On the standardisation of anti-typhoid vaccine - Number 21
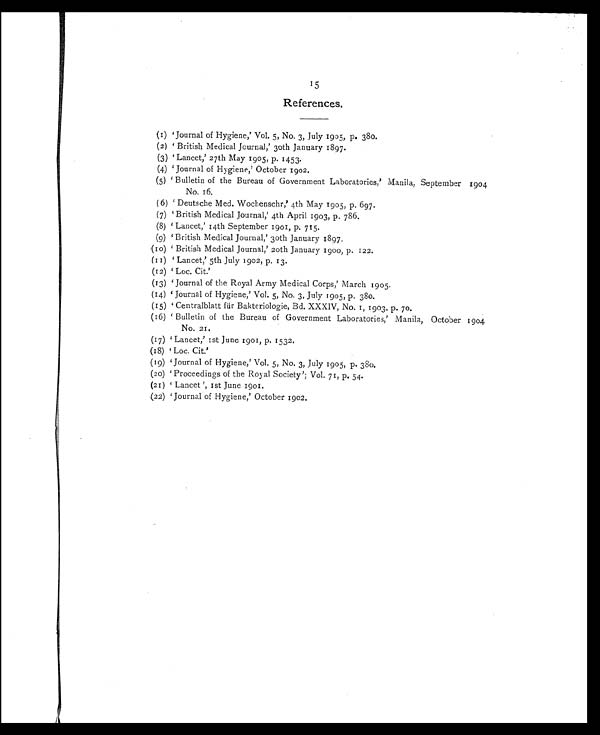
15
References.
(1) 'Journal of Hygiene,' Vol. 5, No. 3, July 1905, p. 380.
(2) 'British Medical Journal,' 30th January 1897.
(3)
'
Lancet,' 27th May 1905, p. 1453.
(4)
'
Journal of Hygiene,' October 1902.
(5) 'Bulletin of the Bureau of Government Laboratories,' Manila, September 1904
No. 16.
(6)
Deutsche Med. Wochenschr,' 4th May 1905, p. 697.
(7)
'
British Medical Journal,' 4th April 1903, p. 786.
(8) Lancet,' 14th September 1901, p. 715.
(9) 'British Medical Journal,' 30th January 1897.
(10) '
British Medical Journal,' 20th January 1900, p. 122.
(11) 'Lancet,' 5th July 1902, p. 13.
(12) '
Loc. Cit.'
(13) '
Journal of the Royal Army Medical Corps,' March 1905.
(14) '
Journal of Hygiene,' Vol. 5, No. 3, July 1905, p. 380.
(15) '
Centralblatt für Bakteriologie, Bd. XXXIV, No. 1, 1903, p. 70.
(16) '
Bulletin of the Bureau of Government Laboratories,' Manila, October 1904
No. 21.
(17) '
Lancet,' 1st June 1901, p. 1532.
(18) '
Loc. Cit.'
(19)
'
Journal of Hygiene,' Vol. 5, No. 3, July 1905, p. 380.
(20) 'Proceedings of the Royal Society'; Vol. 71, p. 54.
(21)
'
Lancet ', 1st June 1901.
(22)
'
Journal of Hygiene,' October 1902.